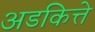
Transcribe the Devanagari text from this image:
अडकित्ते